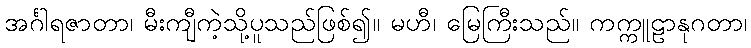
အင်္ဂါရဇာတာ၊ မီးကျီကဲ့သို့ပူသည်ဖြစ်၍။ မဟီ၊ မြေကြီးသည်။ ကက္ကူဠာနုဂတာ၊